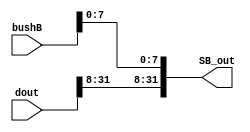
module sb(bushB,dout,SB_out);
    input [31:0] bushB;
    input [31:0] dout;
    output [31:0] SB_out;

    assign SB_out = {dout[31:8],bushB[7:0]};
    
endmodule